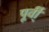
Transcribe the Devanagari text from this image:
पूर्वी्